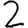
Digit: 2